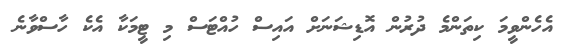
އެހެންވީމަ ކިތަންމެ ދުރުން އޮޑިޝަނަށް އައިސް ހުއްޓަސް މި ޓީމަކާ އެކެ ހާސްވާނެ